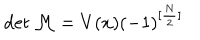
\det { \cal M } = V ( x ) ( - 1 ) ^ { [ \frac N 2 ] }